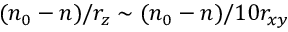
( n _ { 0 } - n ) / r _ { z } \sim ( n _ { 0 } - n ) / 1 0 r _ { x y }